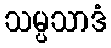
သမ္ပသာဒံ